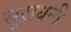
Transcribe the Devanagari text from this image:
सुराधनी